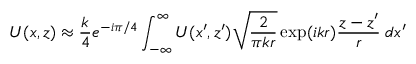
U ( x , z ) \approx \frac { k } { 4 } e ^ { - i \pi / 4 } \int _ { - \infty } ^ { \infty } U ( x ^ { \prime } , z ^ { \prime } ) \sqrt { \frac { 2 } { \pi k r } } \exp ( i k r ) \frac { z - z ^ { \prime } } { r } \; d { x ^ { \prime } }